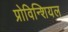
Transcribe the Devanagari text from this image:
प्रोविन्शियल